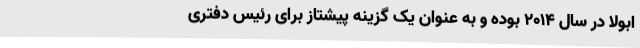
ابولا در سال 2014 بوده و به عنوان یک گزینه پیشتاز برای رئیس دفتری